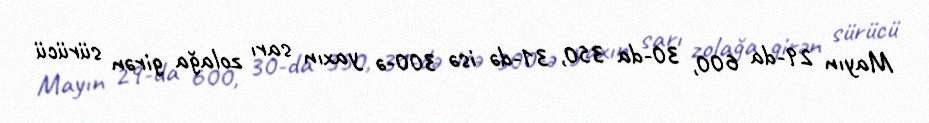
Mayın 29-da 600, 30-da 350, 31-də isə 300-ə yaxın sarı zolağa girən sürücü